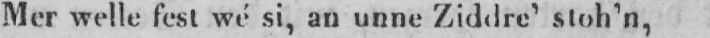
Mer welle fest wé si, an unne Ziddre’ stoh’n,